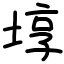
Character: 埻